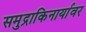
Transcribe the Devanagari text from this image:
समुद्राकिनार्यावर